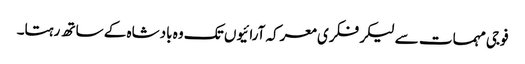
فوجی مہمات سے لیکر فکری معرکہ آرائیوں تک وہ بادشاہ کے ساتھ رہتا۔